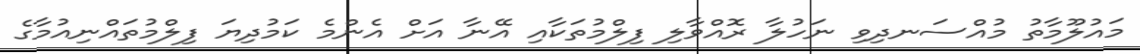
މައުލޫމާތު މުއްސަނދިވި ނަހުލާ ރޮއްވާލި ފިލްމުތަކާއި އޭނާ އަށް އެންމެ ކަމުދިޔަ ފިލްމުތައްނިއުމާގެ